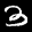
Label: 3